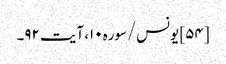
[۵۴] یونس/سوره۱۰، آیت ۹۲۔